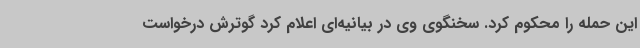
این حمله را محکوم کرد. سخنگوی وی در بیانیه‌ای اعلام کرد گوترش درخواست